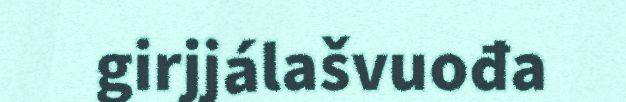
girjjálašvuođa